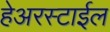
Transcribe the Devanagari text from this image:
हेअरस्टाईल